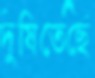
দুষিতেছে